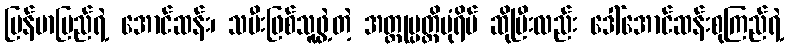
မြန်မာပြည်ရဲ့ အောင်ဆန်း၊ သမီးဖြစ်သူဖွဲ့တဲ့ အတ္ထုပ္ပတ္တိပုံရိပ် ဆိုပြီးလည်း ဒေါ်အောင်ဆန်းစုကြည်ရဲ့